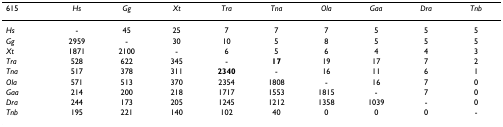
<table><thead><tr><td><b>615</b></td><td><b><i>Hs</i></b></td><td><b><i>Gg</i></b></td><td><b><i>Xt</i></b></td><td><b><i>Tra</i></b></td><td><b><i>Tna</i></b></td><td><b><i>Ola</i></b></td><td><b><i>Gaa</i></b></td><td><b><i>Dra</i></b></td><td><b><i>Tnb</i></b></td></tr></thead><tbody><tr><td><i>Hs</i></td><td>-</td><td>45</td><td>25</td><td>7</td><td>7</td><td>7</td><td>5</td><td>5</td><td>5</td></tr><tr><td><i>Gg</i></td><td>2959</td><td>-</td><td>30</td><td>10</td><td>5</td><td>8</td><td>5</td><td>5</td><td>5</td></tr><tr><td><i>Xt</i></td><td>1871</td><td>2100</td><td>-</td><td>6</td><td>5</td><td>6</td><td>4</td><td>4</td><td>3</td></tr><tr><td><i>Tra</i></td><td>528</td><td>622</td><td>345</td><td>-</td><td><b>17</b></td><td>19</td><td>17</td><td>7</td><td>2</td></tr><tr><td><i>Tna</i></td><td>517</td><td>378</td><td>311</td><td><b>2340</b></td><td>-</td><td>16</td><td>11</td><td>6</td><td>1</td></tr><tr><td><i>Ola</i></td><td>571</td><td>513</td><td>370</td><td>2354</td><td>1808</td><td>-</td><td>16</td><td>7</td><td>0</td></tr><tr><td><i>Gaa</i></td><td>214</td><td>200</td><td>218</td><td>1717</td><td>1553</td><td>1815</td><td>-</td><td>7</td><td>0</td></tr><tr><td><i>Dra</i></td><td>244</td><td>173</td><td>205</td><td>1245</td><td>1212</td><td>1358</td><td>1039</td><td>-</td><td>0</td></tr><tr><td><i>Tnb</i></td><td>195</td><td>221</td><td>140</td><td>102</td><td>40</td><td>0</td><td>0</td><td>0</td><td>-</td></tr></tbody></table>